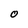
Character: O